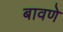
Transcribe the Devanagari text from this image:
बावणे